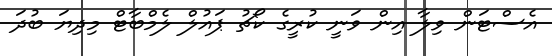
އެސްޓަން ވިލާ އިން ވަނީ ކުރީގެ ކޯޗު ޕައުލް ލެމްބާޓް މިދިޔަ ބުދަ